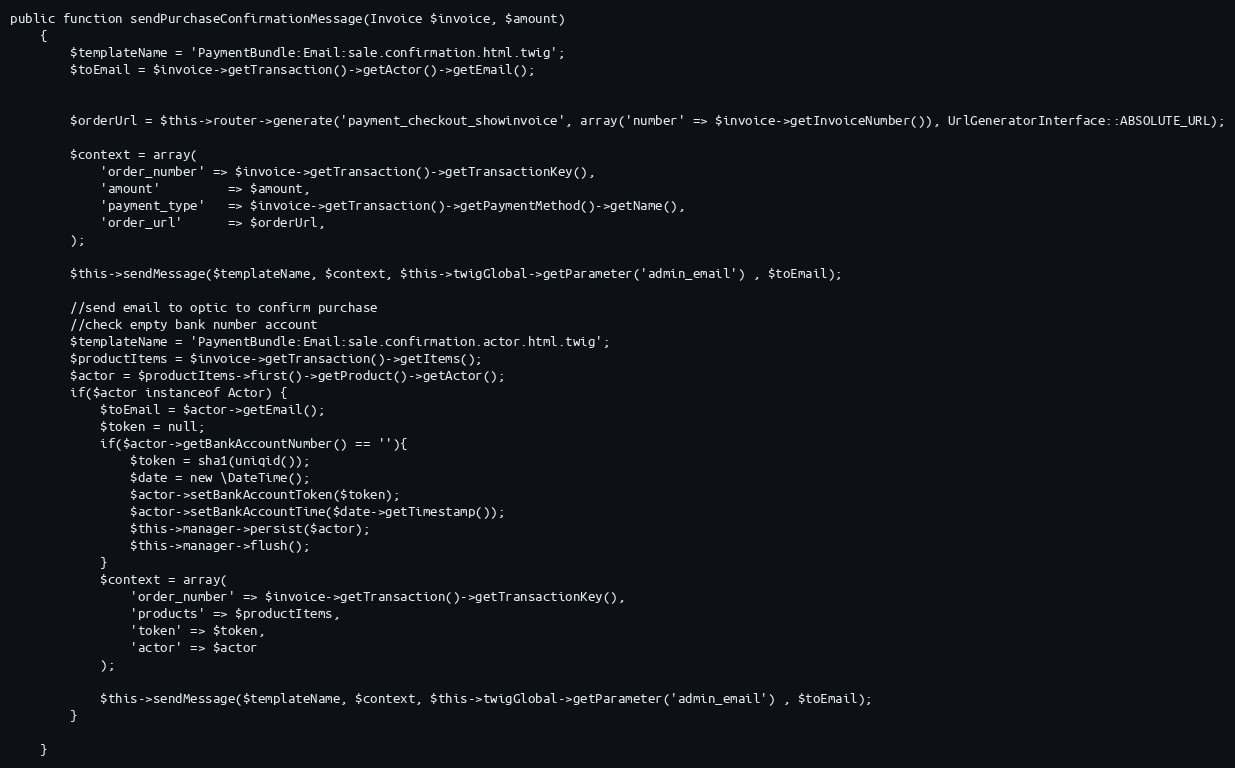
Language: PHP
public function sendPurchaseConfirmationMessage(Invoice $invoice, $amount)
    {
        $templateName = 'PaymentBundle:Email:sale.confirmation.html.twig';
        $toEmail = $invoice->getTransaction()->getActor()->getEmail();

        $orderUrl = $this->router->generate('payment_checkout_showinvoice', array('number' => $invoice->getInvoiceNumber()), UrlGeneratorInterface::ABSOLUTE_URL);

        $context = array(
            'order_number' => $invoice->getTransaction()->getTransactionKey(),
            'amount'         => $amount,
            'payment_type'   => $invoice->getTransaction()->getPaymentMethod()->getName(),
            'order_url'      => $orderUrl,
        );

        $this->sendMessage($templateName, $context, $this->twigGlobal->getParameter('admin_email') , $toEmail);

        //send email to optic to confirm purchase
        //check empty bank number account
        $templateName = 'PaymentBundle:Email:sale.confirmation.actor.html.twig';
        $productItems = $invoice->getTransaction()->getItems();
        $actor = $productItems->first()->getProduct()->getActor();
        if($actor instanceof Actor) {
            $toEmail = $actor->getEmail();
            $token = null;
            if($actor->getBankAccountNumber() == ''){
                $token = sha1(uniqid());
                $date = new \DateTime();
                $actor->setBankAccountToken($token);
                $actor->setBankAccountTime($date->getTimestamp());
                $this->manager->persist($actor);
                $this->manager->flush();
            }
            $context = array(
                'order_number' => $invoice->getTransaction()->getTransactionKey(),
                'products' => $productItems,
                'token' => $token,
                'actor' => $actor
            );

            $this->sendMessage($templateName, $context, $this->twigGlobal->getParameter('admin_email') , $toEmail);
        }

    }